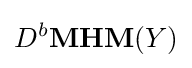
D^{b}{\textbf {MHM}}(Y)